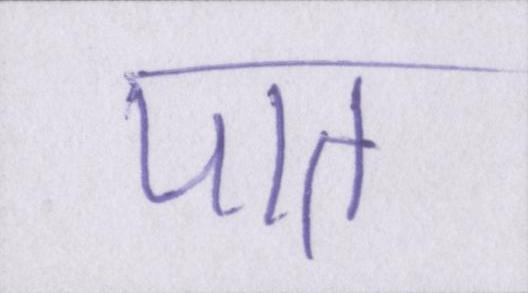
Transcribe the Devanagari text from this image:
पात